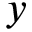
y